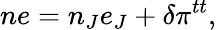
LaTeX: ne=n_{J}e_{J}+\delta\pi^{tt},